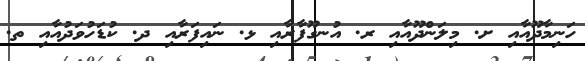
ހަނިމާދޫއާއި ށ. މިލަންދޫއާއި ރ. އުނގޫފާރާއި ޅ. ނައިފަރާއި ދ. ކުޑަހުވަދުއާއި ތ.